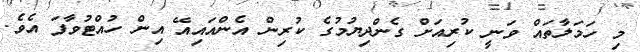
މި ހަމަލާތައް ވަނީ ކުރިއަށް ގެންދިޔުމުގެ ކުރިން އެންއައިއޭ އިން ހުއްޓުވާފަ އެވެ.